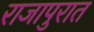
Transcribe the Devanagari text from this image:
राजापुरात